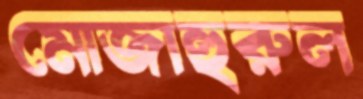
মোজাহুরুল